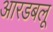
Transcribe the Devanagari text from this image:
आरडबलू